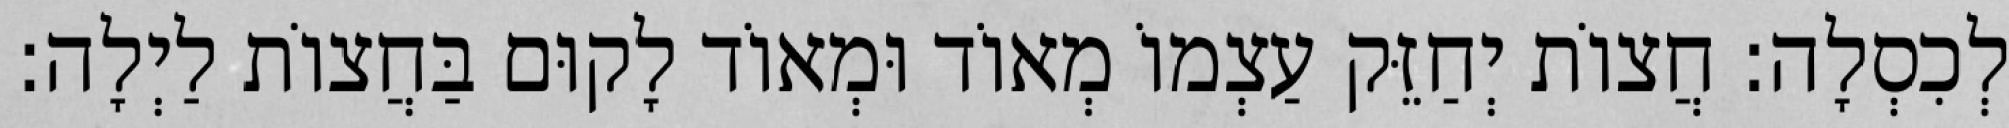
לְכִסְלָה: חֲצוֹת יְחַזֵּק עַצְמוֹ מְאוֹד וּמְאוֹד לָקוּם בַּחֲצוֹת לַיְלָה: